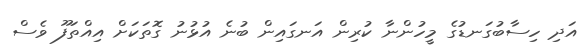
އަދި ހިސާބުގަނޑުގެ މީހުންނާ ކުރިން އަނގައިން ބުނެ އުޅުނު ގޮތަކަށް އިއްތަފޫ ވެސް